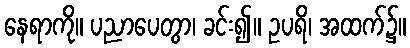
နေရာကို။ ပညာပေတွာ၊ ခင်း၍။ ဥပရိ၊ အထက်၌။